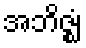
အဘိဇ္ဈံ